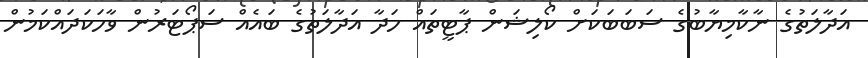
އަދާލަތުގެ ނާކާމިޔާބުގެ ސަބަބަކަށް ކޯލިޝަން ޕާޓީތައް ހަދާ އަދާލަތުގެ ބައެއް ސަޕޯޓަރުން ވާހަކަދައްކަމުން